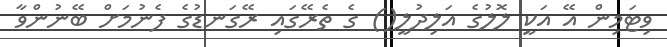
ވިޓަމިން އޭ އަކީ ލޮލުގެ އަލިދުލީ() ގެ ތެރޭގައި ރޭގަނޑުގެ ފެނުމަށް ބޭނުންވާ